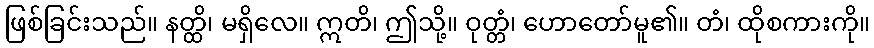
ဖြစ်ခြင်းသည်။ နတ္ထိ၊ မရှိလေ။ ဣတိ၊ ဤသို့။ ဝုတ္တံ၊ ဟောတော်မူ၏။ တံ၊ ထိုစကားကို။